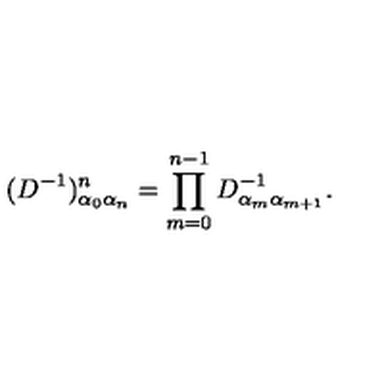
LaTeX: ( D ^ { - 1 } ) _ { \alpha _ { 0 } \alpha _ { n } } ^ { n } = \prod _ { m = 0 } ^ { n - 1 } D _ { \alpha _ { m } \alpha _ { m + 1 } } ^ { - 1 } .